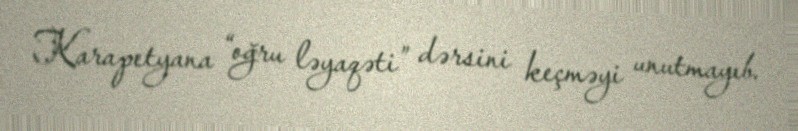
Karapetyana “oğru ləyaqəti” dərsini keçməyi unutmayıb.